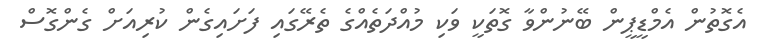
އެގޮތުން އެމްޑީޕީން ބޭނުންވާ ގޮތަކީ ވަކި މުއްދަތެއްގެ ތެރޭގައި ފަށައިގެން ކުރިއަށް ގެންގޮސް